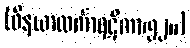
(ဝိနယာလင်္ကာရဋီကာ၊၅၂။)